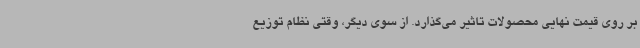
بر روی قیمت نهایی محصولات تاثیر می‌گذارد. از سوی دیگر، وقتی نظام توزیع